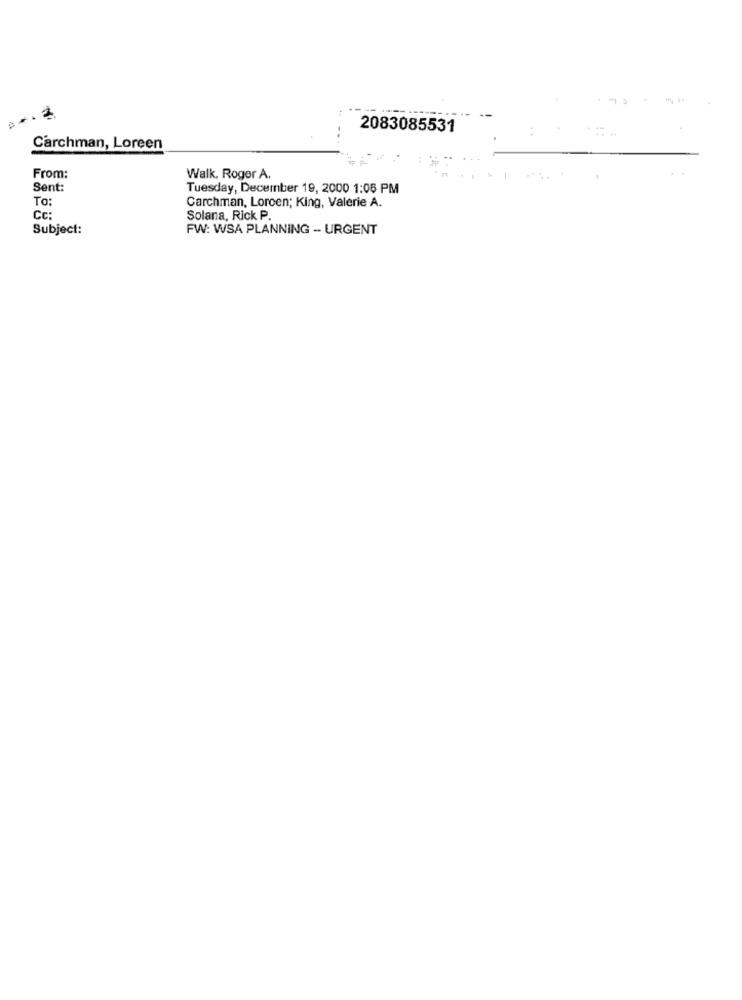
. 2
2083085531
Carchman, Loreen
From:
Walk, Roger A.
Sent:
Tuesday, December 19, 2000 1:06 PM
To:
Carchman, Loroen; King, Valerie A.
Cc:
Solana, Rick P.
Subject:
FW: WSA PLANNING - URGENT